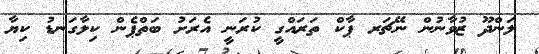
ލަންދޫ ޒުވާނުން ނޭޗަރ ޕާކް ތަރައްގީ ކުރަނީ އެރަށު ބަތްޕެން ކިލާގަނޑު ކިޔާ